Annual statistical returns and brief notes on vaccination in Bengal - 1896-1909
Year: 1896
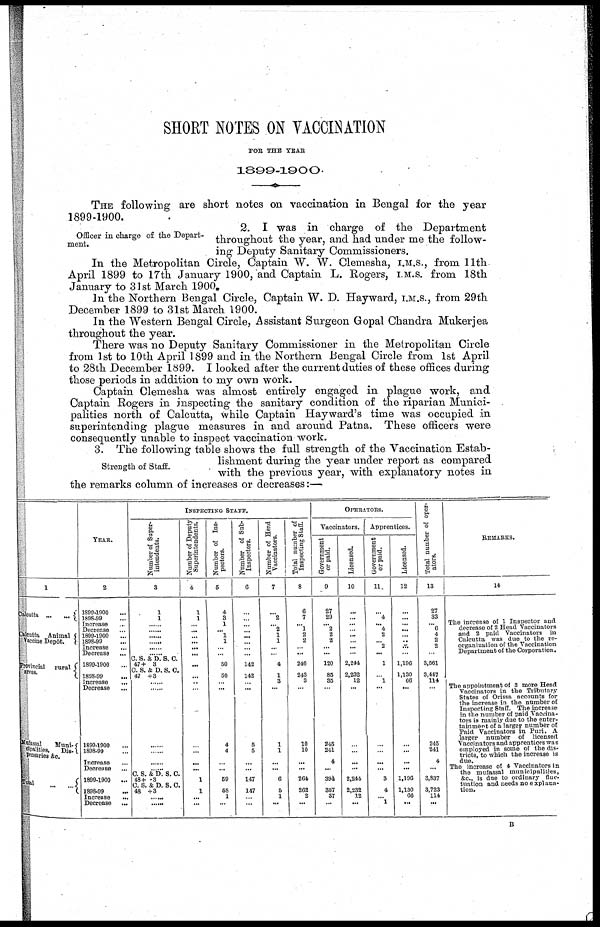
SHORT NOTES ON VACCINATION
FOR THE YEAR
1899-1900.
THE following are short notes on vaccination in Bengal for the year
1899-1900.
Officer in charge of the Depart-
ment.
2. I was in charge of the Department
throughout the year, and had under me the follow-
ing Deputy Sanitary Commissioners.
In the Metropolitan Circle, Captain W. W. Clemesha, I.M.S., from 11th
April 1899 to 17th January 1900, and Captain L. Rogers, I.M.S. from 18th
January to 31st March 1900.
In the Northern Bengal Circle, Captain W. D. Hayward, I.M.S., from 29th
December 1899 to 31st March 1900.
In the Western Bengal Circle, Assistant Surgeon Gopal Chandra Mukerjea
throughout the year.
There was no Deputy Sanitary Commissioner in the Metropolitan Circle
from 1st to 10th April 1899 and in the Northern Bengal Circle from 1st April
to 28th December 1899. I looked after the current duties of these offices during
those periods in addition to my own work.
Captain Clemesha was almost entirely engaged in plague work, and
Captain Rogers in inspecting the sanitary condition of the riparian Munici-
palities north of Calcutta, while Captain Hayward's time was occupied in
superintending plague measures in and around Patna. These officers were
consequently unable to inspect vaccination work.
Strength of Staff.
3. The following table shows the full strength of the Vaccination Estab-
lishment during the year under report as compared
with the previous year, with explanatory notes in
the remarks column of increases or decreases:—
1
Calcutta
...
...
Calcutta Animal
Vaccine Depôt.
Provincial rural
areas.
Mufassal
Muni¬
cipalities, Dis¬
pensaries &c.
Total
...
...
YEAR.
2
1899-1900 ...
1898-99 ...
Increase ...
Decrease ...
1899-1900 ...
1898-99 ...
Increase ...
Decrease ...
1899-1900 ...
1898-99 ...
Increase
...
Decrease ...
1899-1900 ...
1898-99 ...
Increase ...
Decrease ...
1899-1900
...
1898-99
...
Increase
...
Decrease
...
INSPECTING STAFF.
Number of Super-
intendents.
3
1
1
...
...
...
...
...
C. S. & D. S. C.
47+ 3
C. S. & D. S. C.
47 +3
......
......
......
......
...... ......
C. S. & D. S. C.
48+3
C. S. & D. S. C.
48 +3
......
......
Number of Deputy
Superintendents.
4
1
1
......
......
... ...
...
...
...
...
...
...
...
...
...
...
1
1
...
...
Number of Ins-
pectors.
5
4
3
1
... 1
1
...
...
50
50
...
...
4
4
...
...
59
58
1
...
Number of Sub-
Inspectors.
6
...
...
...
...
...
...
...
...
142
142
...
...
5
5
...
...
147
147
... ...
Number of Head
Vaccinators.
7
...
2
... 2
1
1
... ...
4
1
3
...
1
1
... ...
6
5
1
...
Total number of
Inspecting Staff.
8
6
7
... 1
2
2
... ...
246
243
3
...
10
10
...
...
264
262
2
...
OPERATORS.
Vaccinators.
Government
or paid.
9
27
29
... 2
2
2
...
...
120
85
35
...
245
241
4
...
394
357
37
...
Licensed.
10
...
...
...
... ...
...
...
...
2,244
2,232
12
...
...
...
...
...
2,244
2,232
12
...
Apprentices.
Government
or paid.
11.
...
4
... 4
2
... 2
...
1
...
1
...
...
...
...
...
3
4
... 1
Licensed.
12
...
... ...
...
... ...
... ...
1,196
1,130
66
...
...
...
...
...
1,196
1,130
66
...
Total number of oper¬
ators.
13
27
33
... 6
4
2
2
...
3,561
3,447
114
...
245
241
4
...
3,837
3,723
114
...
REMARKS.
14
The increase of 1 Inspector and
decrease of 2 Head Vaccinators
and 2 paid Vaccinators in
Calcutta was due to the re-
organization of the Vaccination
Department of the Corporation.
The appointment of 3 more Head
Vaccinators in the Tributary
States of Orissa accounts for
the increase in the number of
Inspecting Staff. The increase
in the number of paid Vaccina-
tors is mainly due to the enter-
tainment of a larger number of
Paid Vaccinators in Puri. A
larger number of licensed
Vaccinators and apprentices was
employed in some of the dis-
tricts, to which the increase is
due.
The increase of 4 Vaccinators in
the mufassal municipalities,
&c., is due to ordinary fluc-
tuation and needs no explana¬
tion.
B